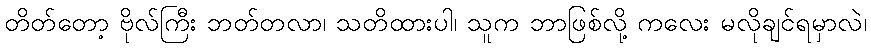
တိတ်တော့ ဗိုလ်ကြီး ဘတ်တလာ၊ သတိထားပါ၊ သူက ဘာဖြစ်လို့ ကလေး မလိုချင်ရမှာလဲ၊